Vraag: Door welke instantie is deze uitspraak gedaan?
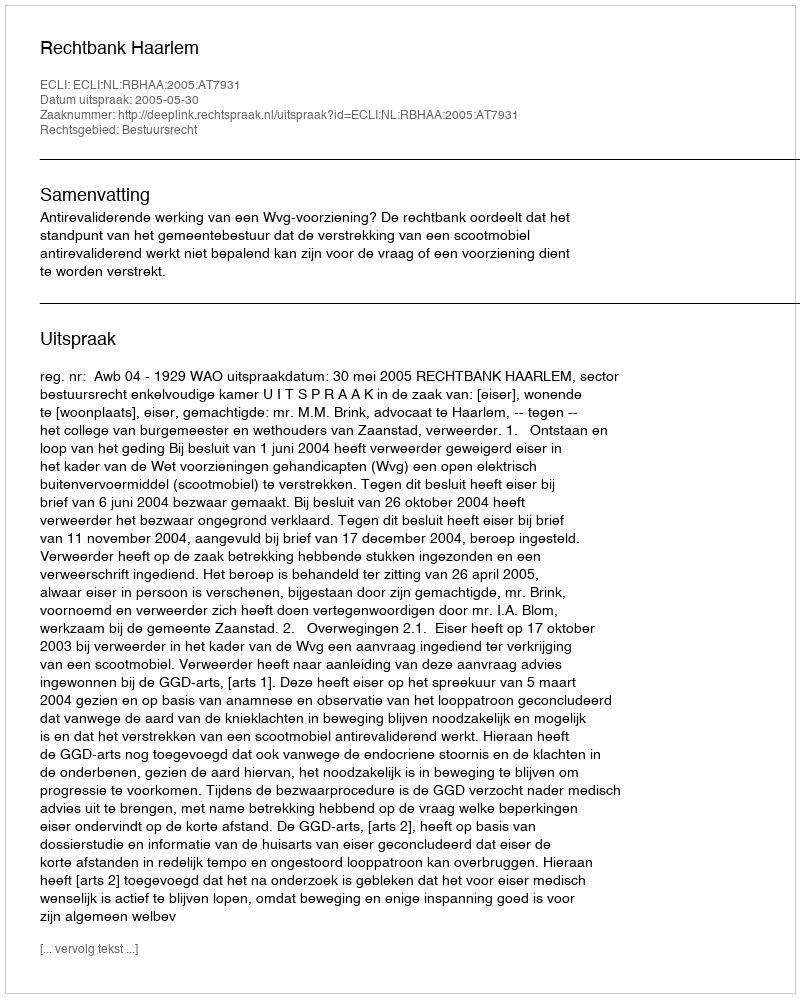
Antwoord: Rechtbank Haarlem